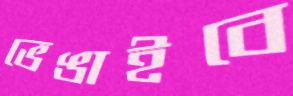
ভেঙাইবে